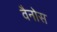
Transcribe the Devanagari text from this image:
वैनोस